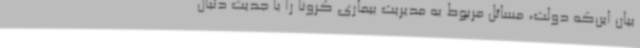
بیان این‌که دولت، مسائل مربوط به مدیریت بیماری کرونا را با جدیت دنبال